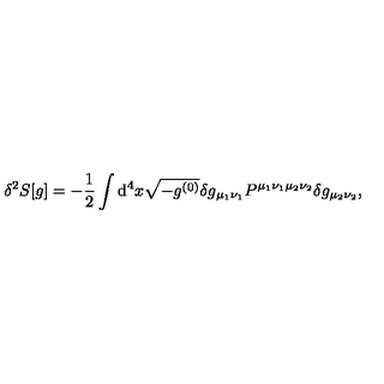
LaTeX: \delta ^ { 2 } S [ g ] = - \frac 1 2 \int \mathrm { d } ^ { 4 } x \sqrt { - g ^ { ( 0 ) } } \delta g _ { \mu _ { 1 } \nu _ { 1 } } P ^ { \mu _ { 1 } \nu _ { 1 } \mu _ { 2 } \nu _ { 2 } } \delta g _ { \mu _ { 2 } \nu _ { 2 } } ,